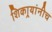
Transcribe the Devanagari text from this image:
शिकार्‍यांनीच